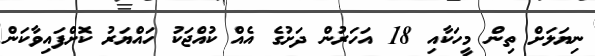
ނިޔަލަށް ތިން މީހަކާއި 18 އަހަރުން ދަށުގެ އެއް ކުއްޖަކު ހައްޔަރު ކޮށްފައިވާކަން